Scottish Certificate of Education, 1963
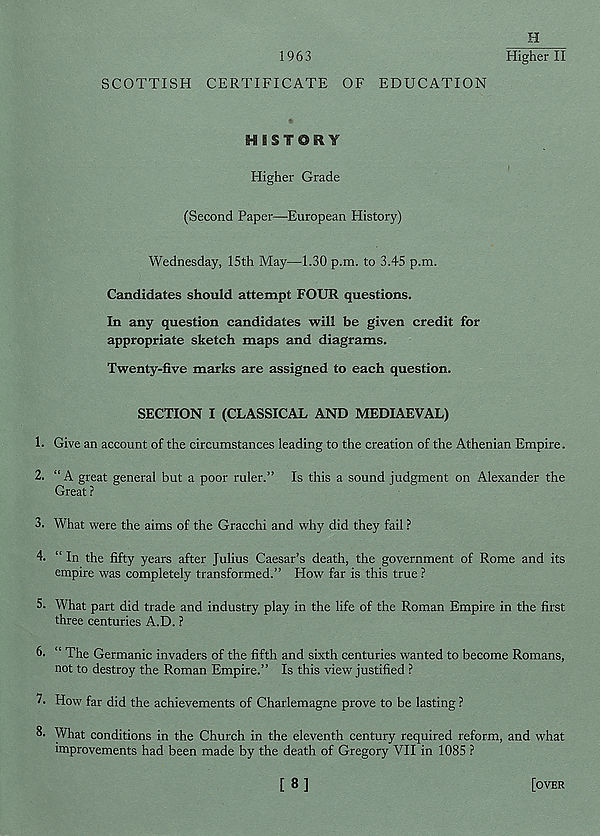
1963
H
Higher II
SCOTTISH CERTIFICATE OF EDUCATION
H1ST@FI¥
Higher Grade
(Second Paper—European History)
Wednesday, 15th May—1.30 p.m. to 3.45 p.m.
Candidates should attempt FOUR questions.
In any question candidates will be given credit for
appropriate sketch maps and diagrams.
Twenty-five marks are assigned to each question.
SECTION I (CLASSICAL AND MEDIAEVAL)
1. Give an account of the circumstances leading to the creation of the Athenian Empire.
2. “ A great general but a poor ruler.” Is this a sound judgment on Alexander the
Great ?
3. What were the aims of the Gracchi and why did they fail ?
4. “In the fifty years after Julius Caesar’s death, the government of Rome and its
empire was completely transformed.” How far is this true ?
5. What part did trade and industry play in the life of the Roman Empire in the first
three centuries A.D. ?
&• “ The Germanic invaders of the fifth and sixth centuries wanted to become Romans,
not to destroy the Roman Empire.” Is this view justified ?
7. How far did the achievements of Charlemagne prove to be lasting ?
8- What conditions in the Church in the eleventh century required reform, and what
improvements had been made by the death of Gregory VII in 1085 ?
[8]
[over